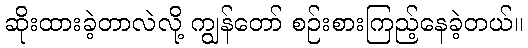
ဆိုးထားခဲ့တာလဲလို့ ကျွန်တော် စဉ်းစားကြည့်နေခဲ့တယ်။